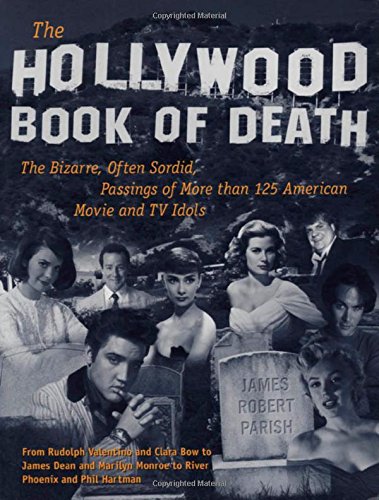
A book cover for The Hollywood Book of Death: The Bizarre, Often Sordid, Passings of More than 125 American Movie and TV Idols; James Parish; Humor & Entertainment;